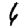
Digit: 6